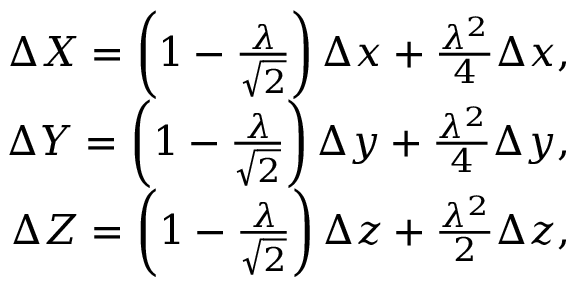
\begin{array} { r } { \Delta X = \left( 1 - \frac { \lambda } { \sqrt { 2 } } \right) \Delta x + \frac { \lambda ^ { 2 } } { 4 } \Delta x , } \\ { \Delta Y = \left( 1 - \frac { \lambda } { \sqrt { 2 } } \right) \Delta y + \frac { \lambda ^ { 2 } } { 4 } \Delta y , } \\ { \Delta Z = \left( 1 - \frac { \lambda } { \sqrt { 2 } } \right) \Delta z + \frac { \lambda ^ { 2 } } { 2 } \Delta z , } \end{array}